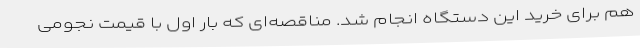
هم برای خرید این دستگاه انجام شد. مناقصه‌ای که بار اول با قیمت نجومی